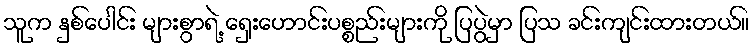
သူက နှစ်ပေါင်း များစွာရဲ့ ရှေးဟောင်းပစ္စည်းများကို ပြပွဲမှာ ပြသ ခင်းကျင်းထားတယ်။